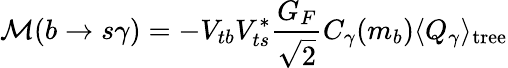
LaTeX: {\cal M}(b\to s\gamma)=-V_{tb}V_{ts}^{*}{\frac{G_{F}}{\sqrt{2}}}C_{\gamma}(m_{b})\langle Q_{\gamma}\rangle_{\mathrm{tree}}